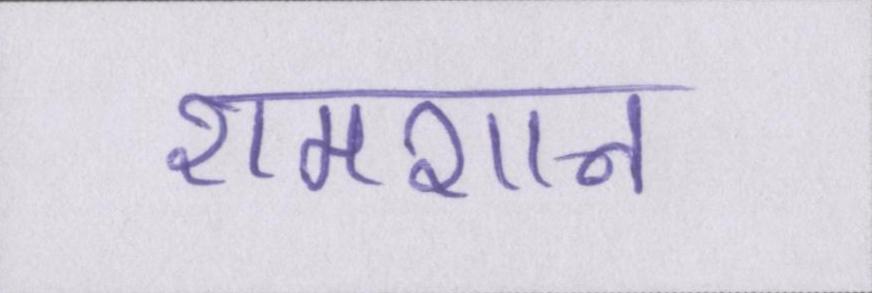
शमशान